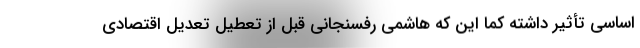
اساسی تأثیر داشته کما این که هاشمی رفسنجانی قبل از تعطیل تعدیل اقتصادی